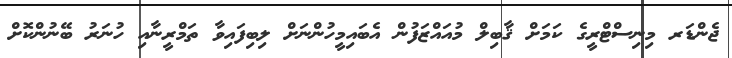
ޖެންޑަރ މިނިސްޓްރީގެ ކަމަށް ޤާބިލް މުއައްޒަފުން އެބައިމީހުންނަށް ލިބިފައިވާ ތަމްރީނާއި ހުނަރު ބޭނުންކޮށް